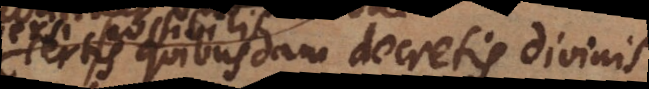
certis quibusdam decretis liberis